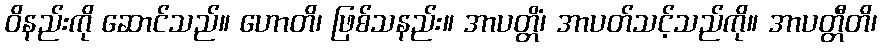
ဝိနည်းကို ဆောင်သည်။ ဟောတိ၊ ဖြစ်သနည်း။ အာပတ္တိံ၊ အာပတ်သင့်သည်ကို။ အာပတ္တီတိ၊